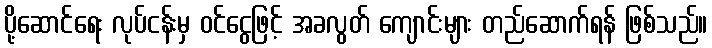
ပို့ဆောင်ရေး လုပ်ငန်းမှ ဝင်ငွေဖြင့် အခလွတ် ကျောင်းများ တည်ဆောက်ရန် ဖြစ်သည်။